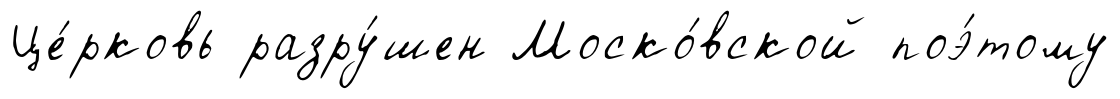
Це́рковь разру́шен Моско́вской поэ́тому